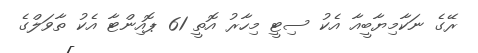
ރޭގެ ނަކާމިޔާބީއާ އެކު ސިޓީ މިހާރު އޮތީ 61 ޕޮއިންޓާ އެކު ތާވަލްގެ